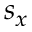
s _ { x }